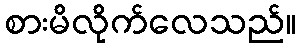
စားမိလိုက်လေသည်။